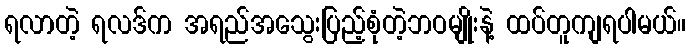
ရလာတဲ့ ရလဒ်က အရည်အသွေးပြည့်စုံတဲ့ဘဝမျိုးနဲ့ ထပ်တူကျရပါမယ်။